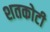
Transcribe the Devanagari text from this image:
शतकोटी